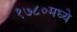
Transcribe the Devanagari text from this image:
१७८०मध्ये